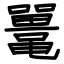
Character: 鼍